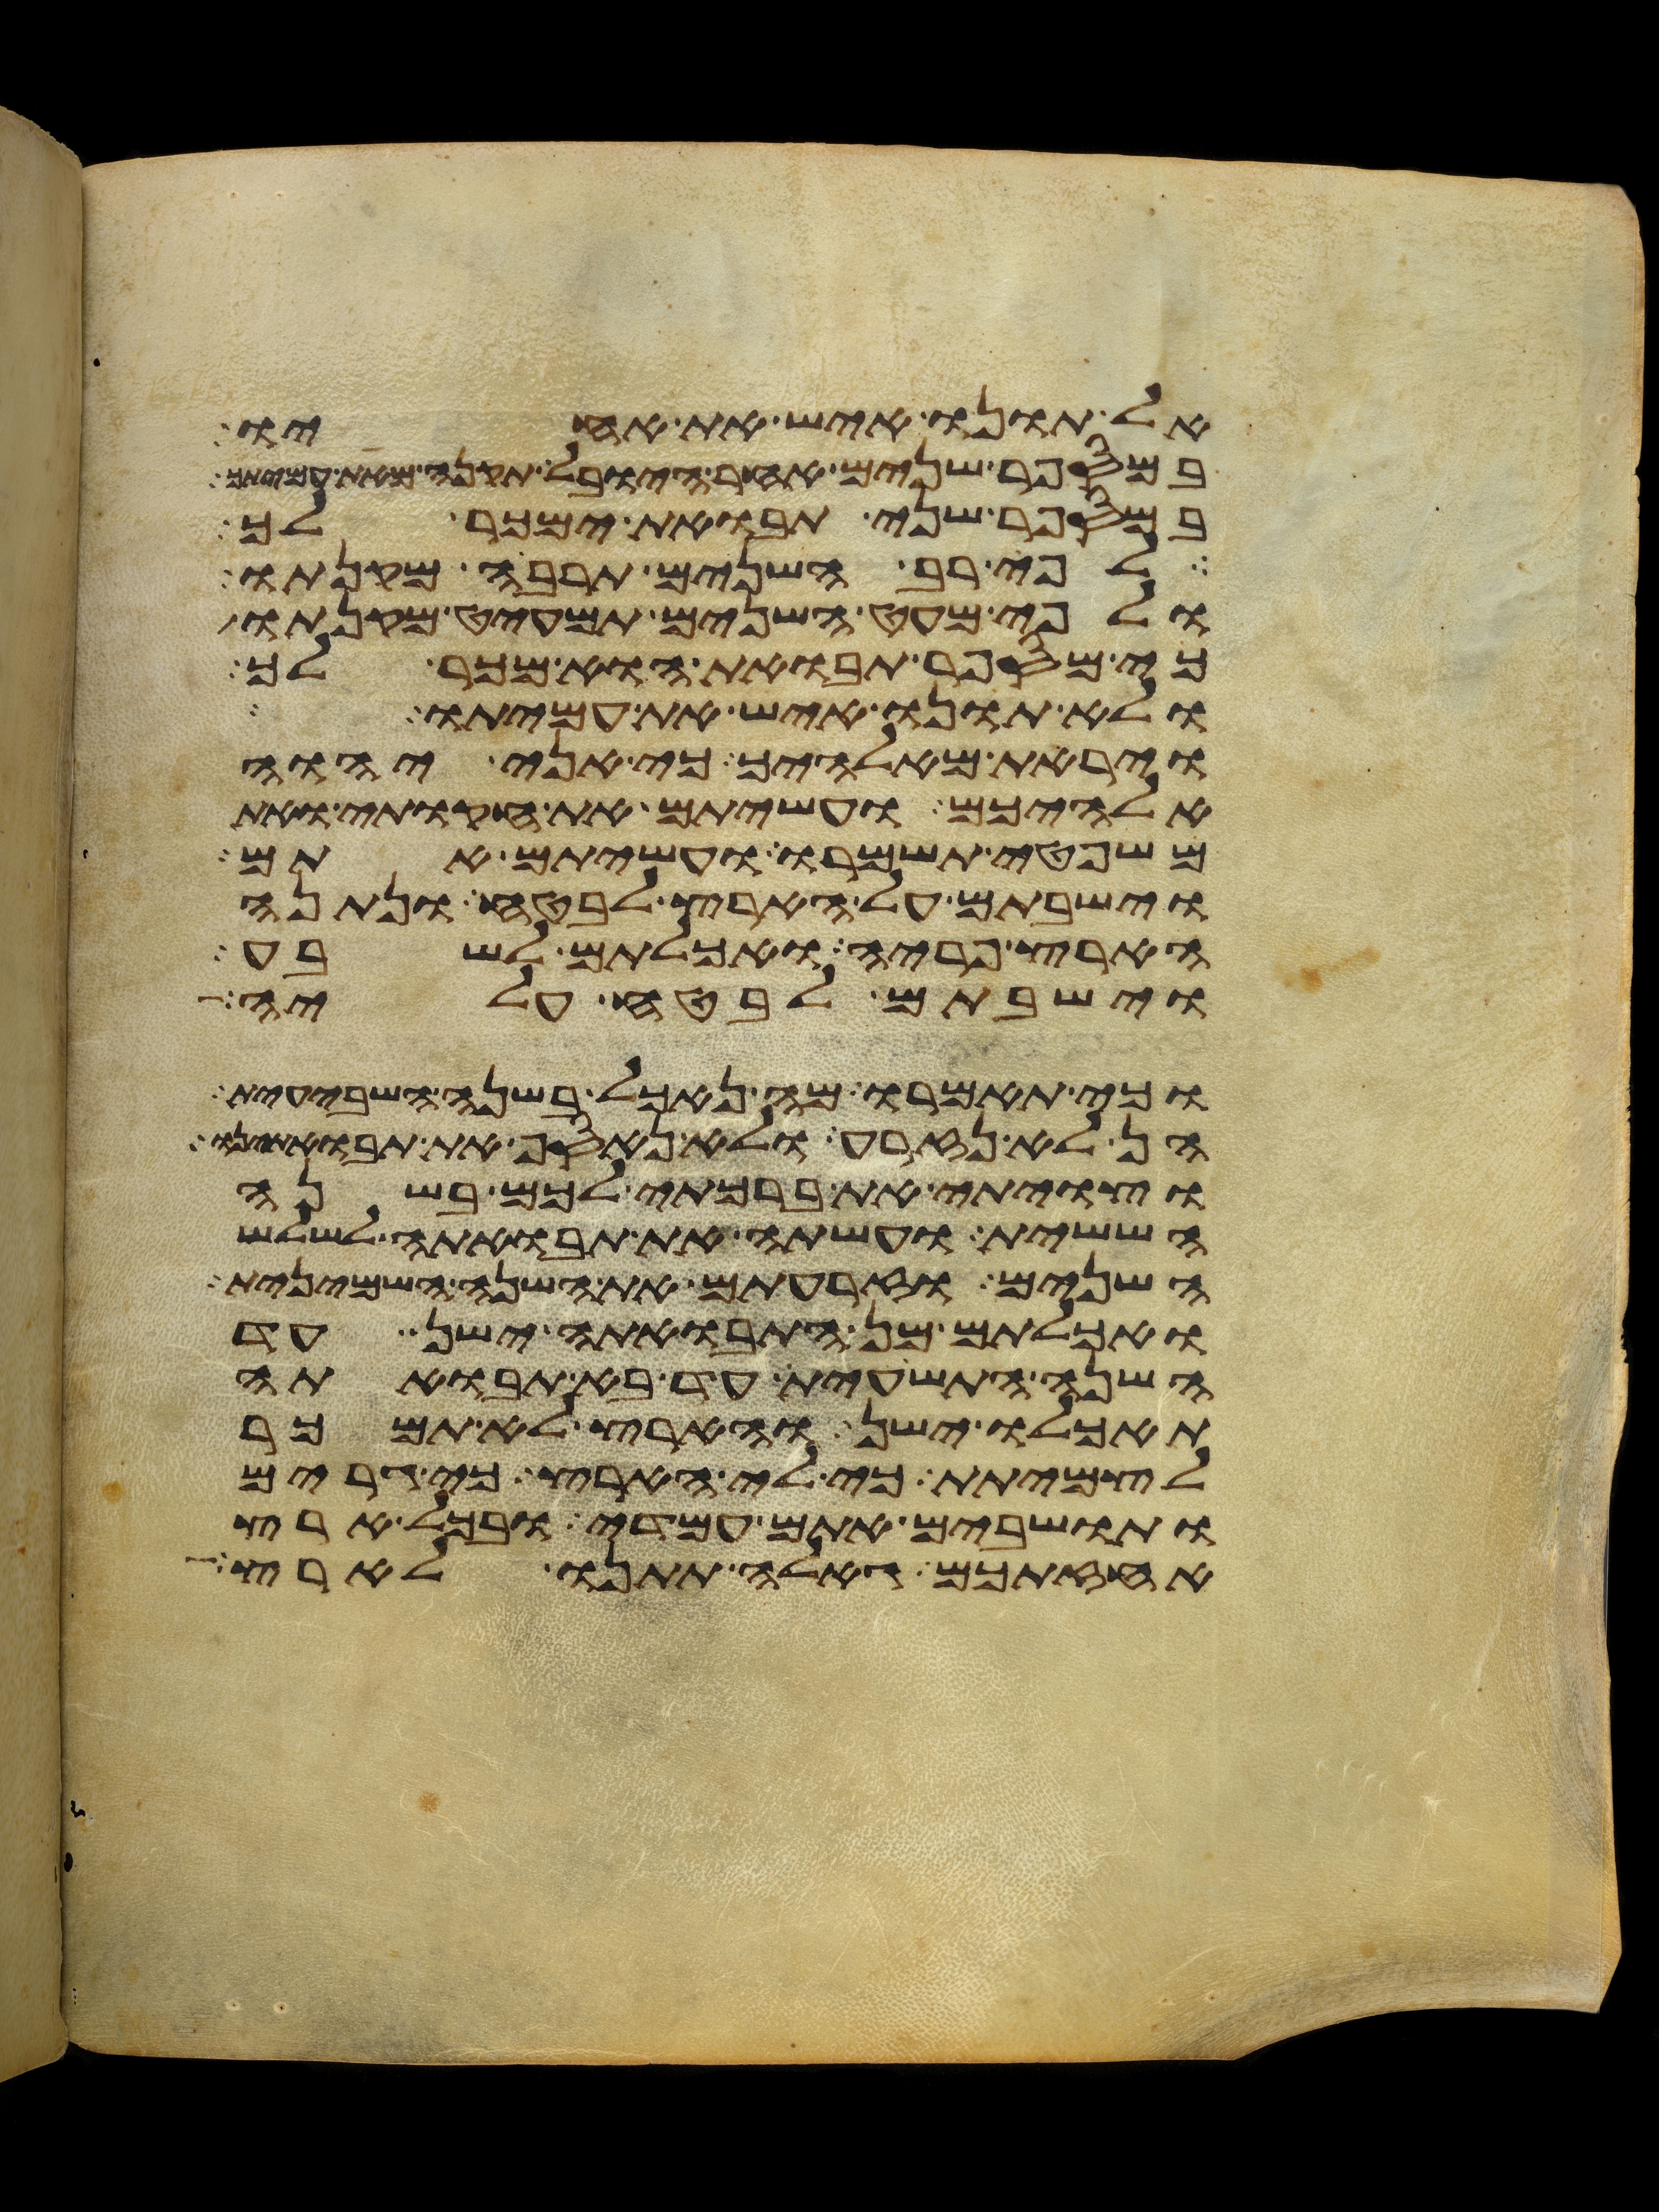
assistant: אל תונו איש את אחיו
במספר שנים אחר היובל תקנה מאת עמיתך
במספר שני תבואת ימכר לך
לפי רב השנים תרבה מקנתו
ולפי מעט השנים תמעיט מקנתו
כי מספר תבואת הוא מכר לך
ולא תונו איש את עמיתו
ויראת מאלהיך כי אני יהוה
אלהיכם ועשיתם את חקותי ואת
משפטי תשמרו ועשיתם אתם
וישבתם על הארץ לבטח ונתנה
הארץ פריה ואכלתם לשבע
וישבתם לבטח עליה
וכי תאמרו מה נאכל בשנה השביעית
הן לא נזרע ולא נאסף את תבואתינו
וצויתי את ברכתי לכם בשנה
הששית ועשתה את תבואתה לשלש
השנים וזרעתם את השנה השמינית
ואכלתם מן התבואתה ישן עד
השנה התשעית עד בא תבואתה
תאכלו ישן והארץ לא תמכר
לצמיתת כי לי הארץ כי גרים
ותושבים אתם עמדי ובכל ארץ
אחזתכם גאלה תתנו לארץ